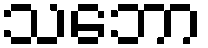
သဘော